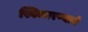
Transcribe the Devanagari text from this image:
स्विकारण्याचे